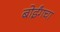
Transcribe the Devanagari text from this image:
बोईंगचा